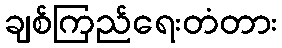
ချစ်ကြည်ရေးတံတား